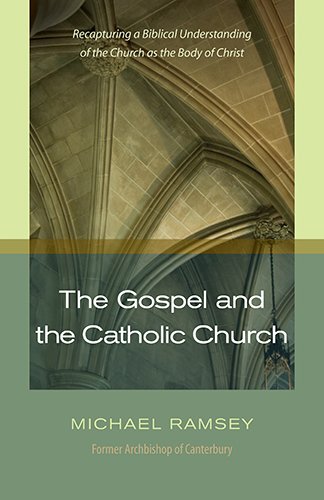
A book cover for The Gospel and Catholic Church; Michael Ramsey; Christian Books & Bibles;